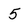
Character: 5